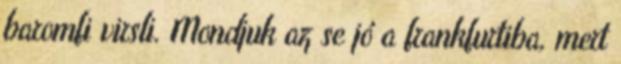
baromfi virsli. Mondjuk az se jó a frankfurtiba, mert